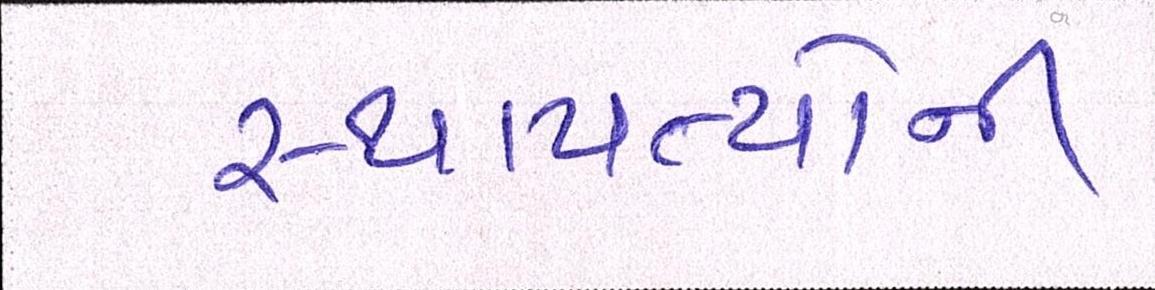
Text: સ્થાપત્યોની